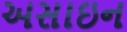
અસાઇન